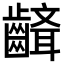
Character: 𪙘